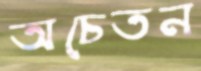
অচেতন